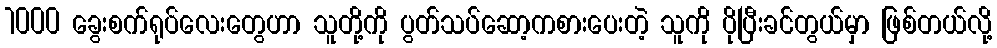
1000 ခွေးစက်ရုပ်လေးတွေဟာ သူတို့ကို ပွတ်သပ်ဆော့ကစားပေးတဲ့ သူကို ပိုပြီးခင်တွယ်မှာ ဖြစ်တယ်လို့